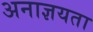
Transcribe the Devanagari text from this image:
अनाज्ञयता